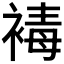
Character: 𧛔